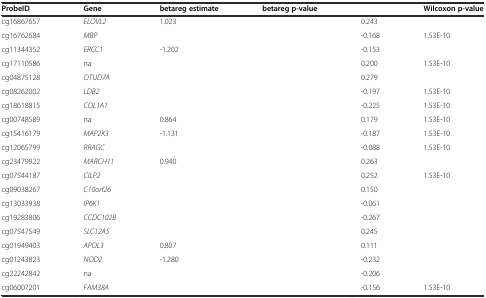
<table><thead><tr><td><b>ProbeID</b></td><td><b>Gene</b></td><td><b>betareg estimate</b></td><td><b>betareg p-value</b></td><td>[EMPTY_CELL]</td><td><b>Wilcoxon p-value</b></td></tr></thead><tbody><tr><td>cg16867657</td><td><i>ELOVL2</i></td><td>1.023</td><td>[EMPTY_CELL]</td><td>0.243</td><td>[EMPTY_CELL]</td></tr><tr><td>cg16762684</td><td><i>MBP</i></td><td>[EMPTY_CELL]</td><td>[EMPTY_CELL]</td><td>-0.168</td><td>1.53E-10</td></tr><tr><td>cg11344352</td><td><i>ERCC1</i></td><td>-1.202</td><td>[EMPTY_CELL]</td><td>-0.153</td><td>[EMPTY_CELL]</td></tr><tr><td>cg17110586</td><td>na</td><td>[EMPTY_CELL]</td><td>[EMPTY_CELL]</td><td>0.200</td><td>1.53E-10</td></tr><tr><td>cg04875128</td><td><i>OTUD7A</i></td><td>[EMPTY_CELL]</td><td>[EMPTY_CELL]</td><td>0.279</td><td>[EMPTY_CELL]</td></tr><tr><td>cg08262002</td><td><i>LDB2</i></td><td>[EMPTY_CELL]</td><td>[EMPTY_CELL]</td><td>-0.197</td><td>1.53E-10</td></tr><tr><td>cg18618815</td><td><i>COL1A1</i></td><td>[EMPTY_CELL]</td><td>[EMPTY_CELL]</td><td>-0.225</td><td>1.53E-10</td></tr><tr><td>cg00748589</td><td>na</td><td>0.864</td><td>[EMPTY_CELL]</td><td>0.179</td><td>1.53E-10</td></tr><tr><td>cg15416179</td><td><i>MAP2K3</i></td><td>-1.131</td><td>[EMPTY_CELL]</td><td>-0.187</td><td>1.53E-10</td></tr><tr><td>cg12065799</td><td><i>RRAGC</i></td><td>[EMPTY_CELL]</td><td>[EMPTY_CELL]</td><td>-0.088</td><td>1.53E-10</td></tr><tr><td>cg23479922</td><td><i>MARCH11</i></td><td>0.940</td><td>[EMPTY_CELL]</td><td>0.263</td><td>[EMPTY_CELL]</td></tr><tr><td>cg07544187</td><td><i>CILP2</i></td><td>[EMPTY_CELL]</td><td>[EMPTY_CELL]</td><td>0.252</td><td>1.53E-10</td></tr><tr><td>cg09038267</td><td><i>C10orf26</i></td><td>[EMPTY_CELL]</td><td>[EMPTY_CELL]</td><td>0.150</td><td>[EMPTY_CELL]</td></tr><tr><td>cg13033938</td><td><i>IP6K1</i></td><td>[EMPTY_CELL]</td><td>[EMPTY_CELL]</td><td>-0.061</td><td>[EMPTY_CELL]</td></tr><tr><td>cg19283806</td><td><i>CCDC102B</i></td><td>[EMPTY_CELL]</td><td>[EMPTY_CELL]</td><td>-0.267</td><td>[EMPTY_CELL]</td></tr><tr><td>cg07547549</td><td><i>SLC12A5</i></td><td>[EMPTY_CELL]</td><td>[EMPTY_CELL]</td><td>0.245</td><td>[EMPTY_CELL]</td></tr><tr><td>cg01949403</td><td><i>APOL3</i></td><td>0.807</td><td>[EMPTY_CELL]</td><td>0.111</td><td>[EMPTY_CELL]</td></tr><tr><td>cg01243823</td><td><i>NOD2</i></td><td>-1.280</td><td>[EMPTY_CELL]</td><td>-0.232</td><td>[EMPTY_CELL]</td></tr><tr><td>cg22242842</td><td>na</td><td>[EMPTY_CELL]</td><td>[EMPTY_CELL]</td><td>-0.206</td><td>[EMPTY_CELL]</td></tr><tr><td>cg06007201</td><td><i>FAM38A</i></td><td>[EMPTY_CELL]</td><td>[EMPTY_CELL]</td><td>-0.156</td><td>1.53E-10</td></tr></tbody></table>